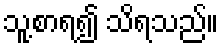
သူ့စာရ၍ သိရသည်။